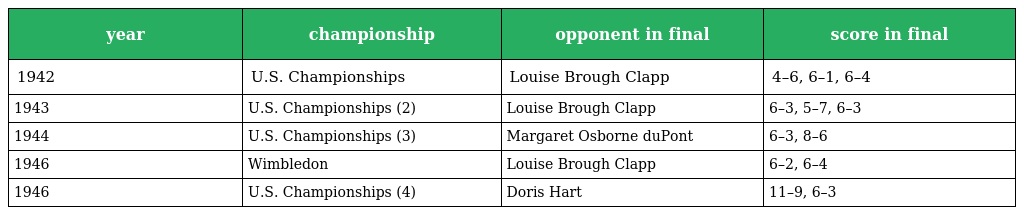
| year | championship | opponent in final | score in final |
 | --- | --- | --- | --- |
 | 1942 | U.S. Championships | Louise Brough Clapp | 4–6, 6–1, 6–4 |
 | 1943 | U.S. Championships (2) | Louise Brough Clapp | 6–3, 5–7, 6–3 |
 | 1944 | U.S. Championships (3) | Margaret Osborne duPont | 6–3, 8–6 |
 | 1946 | Wimbledon | Louise Brough Clapp | 6–2, 6–4 |
 | 1946 | U.S. Championships (4) | Doris Hart | 11–9, 6–3 |